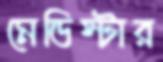
মেডিস্টার